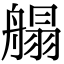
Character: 䑽